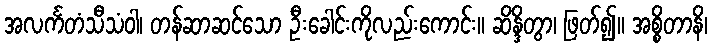
အလင်္ကတံသီသံဝါ၊ တန်ဆာဆင်သော ဦးခေါင်းကိုလည်းကောင်း။ ဆိန္ဒိတွာ၊ ဖြတ်၍။ အစ္စိတာနိ၊